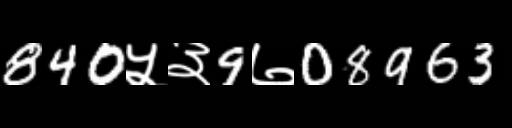
Text: 840५३9७08963